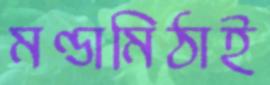
মণ্ডামিঠাই